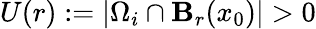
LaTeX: U(r):=|\Omega_{i}\cap\mathbf{B}_{r}(x_{0})|>0